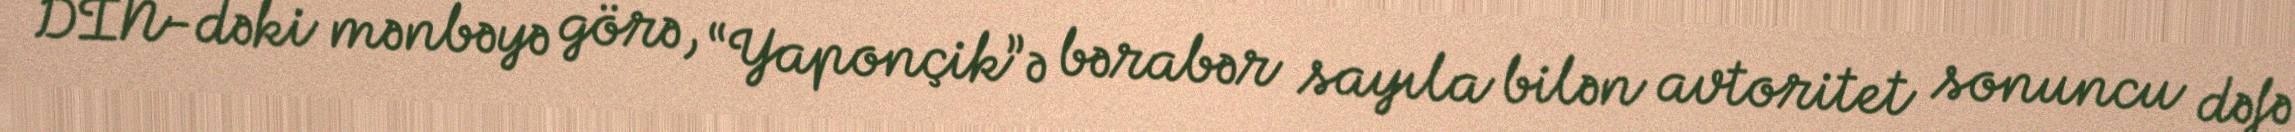
DİN-dəki mənbəyə görə, “Yaponçik”ə bərabər sayıla bilən avtoritet sonuncu dəfə